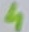
Text: 4